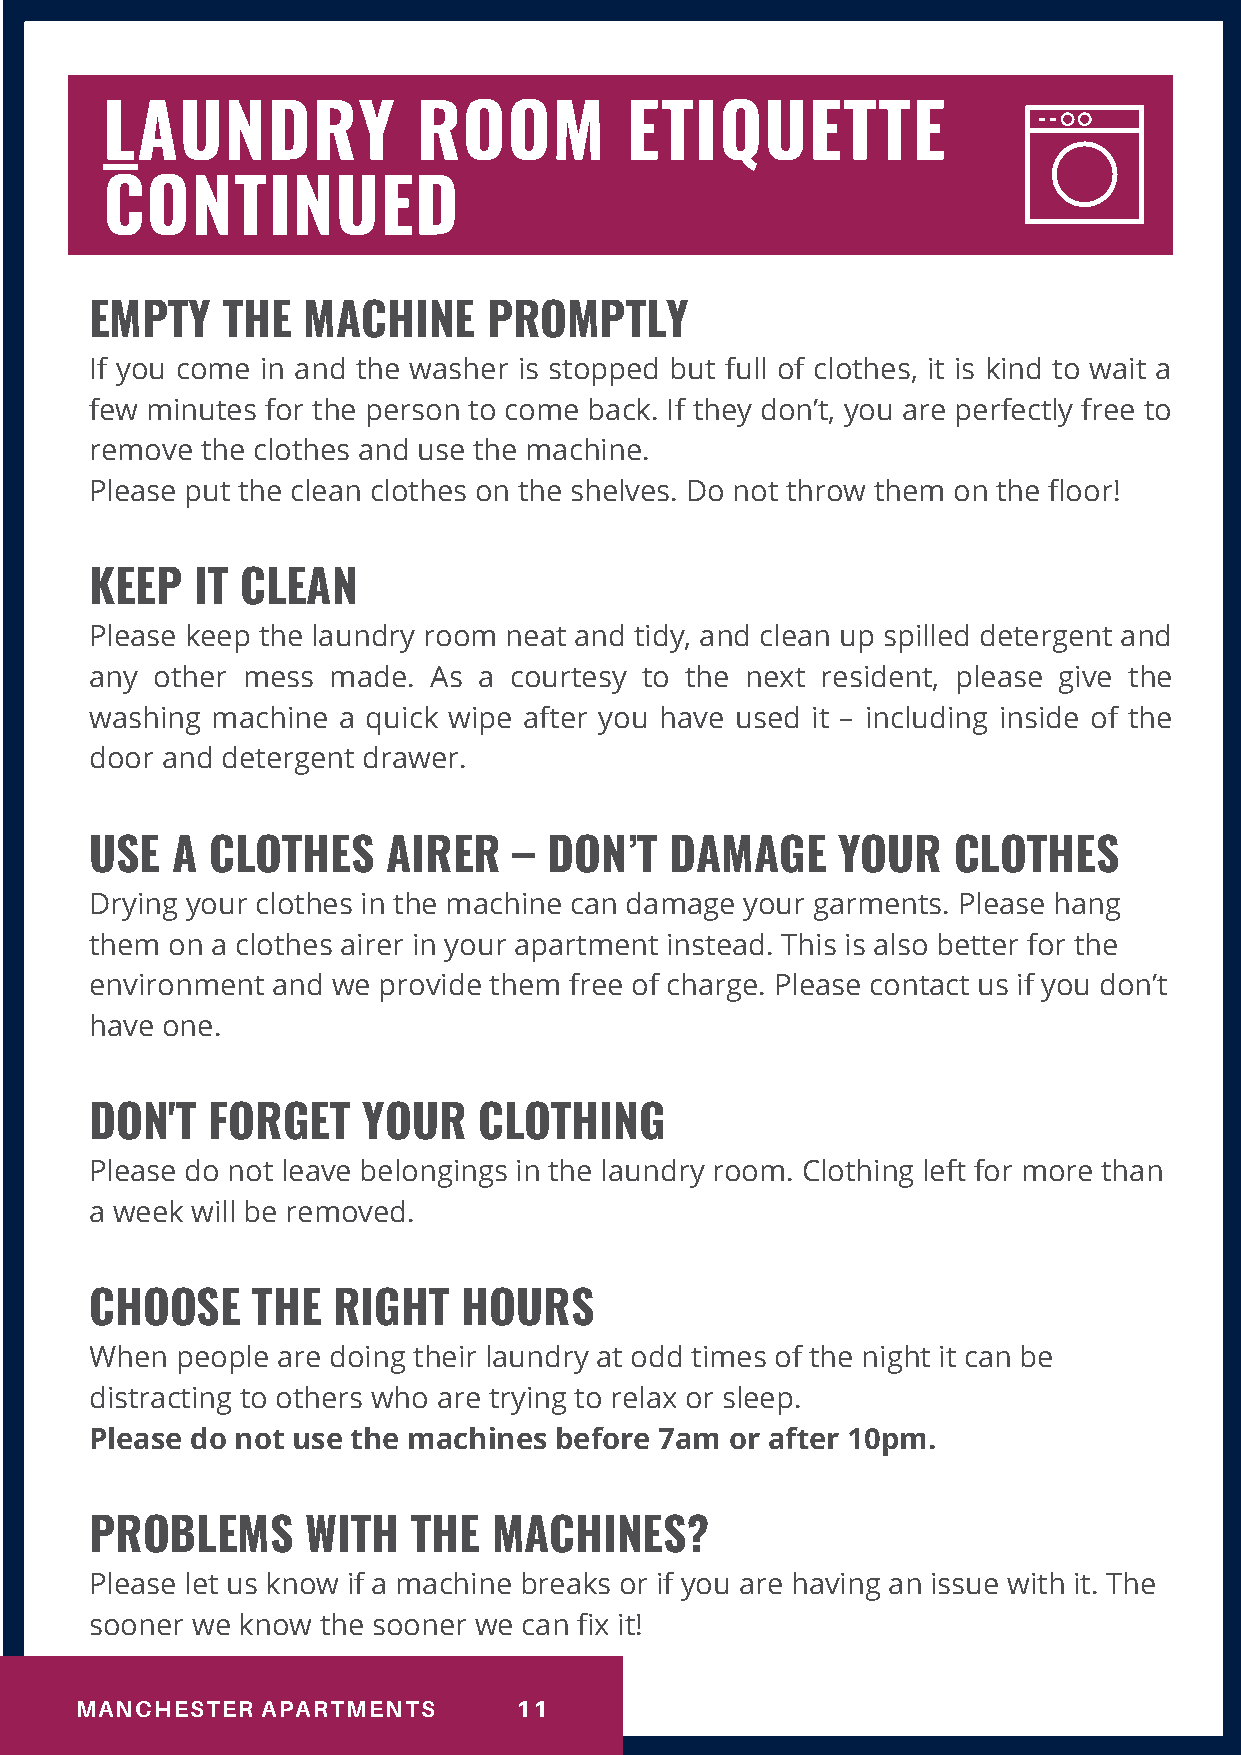
LAUNDRY              ROOM         ETIQUETTE
 CONTINUED
 EMPTY    THE  MACHINE     PROMPTLY
 If you come in and the washer is stopped but full of clothes, it is kind to wait a
 few minutes for the person to come back. If they don’t, you are perfectly free to
 remove the clothes and use the machine.
 Please put the clean clothes on the shelves. Do not throw them on the floor!
 KEEP   IT CLEAN
 Please keep the laundry room neat and tidy, and clean up spilled detergent and
 any other mess  made. As  a courtesy to the next resident, please give the
 washing machine a quick wipe affftter you have used it – including inside of the
 door and detergent drawer.
 USE  A  CLOTHES     AIRER   – DON’T   DAMAGE     YOUR    CLOTHES
 Drying your clothes in the machine can damage your garments. Please hang
 them on a clothes airer in your apartment instead. This is also better for the
 environment and we provide them free of charge. Please contact us if you don’t
 have one.
 DON'T   FORGET    YOUR    CLOTHING
 Please do not leave belongings in the laundry room. Clothing leffftt for more than
 a week will be removed.
 CHOOSE     THE  RIGHT    HOURS
 When  people are doing their laundry at odd times of the night it can be
 distracting to others who are trying to relax or sleep.
 Please do not use the machines before 7am or affftter 10pm.
 PROBLEMS      WITH   THE   MACHINES?
 Please let us know if a machine breaks or if you are having an issue with it. The
 sooner we know the sooner we can fix it!
 MANCHESTER  APARTMENTS       11